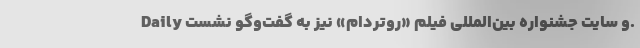
Daily و سایت جشنواره بین‌المللی فیلم «روتردام» نیز به گفت‌وگو نشست.